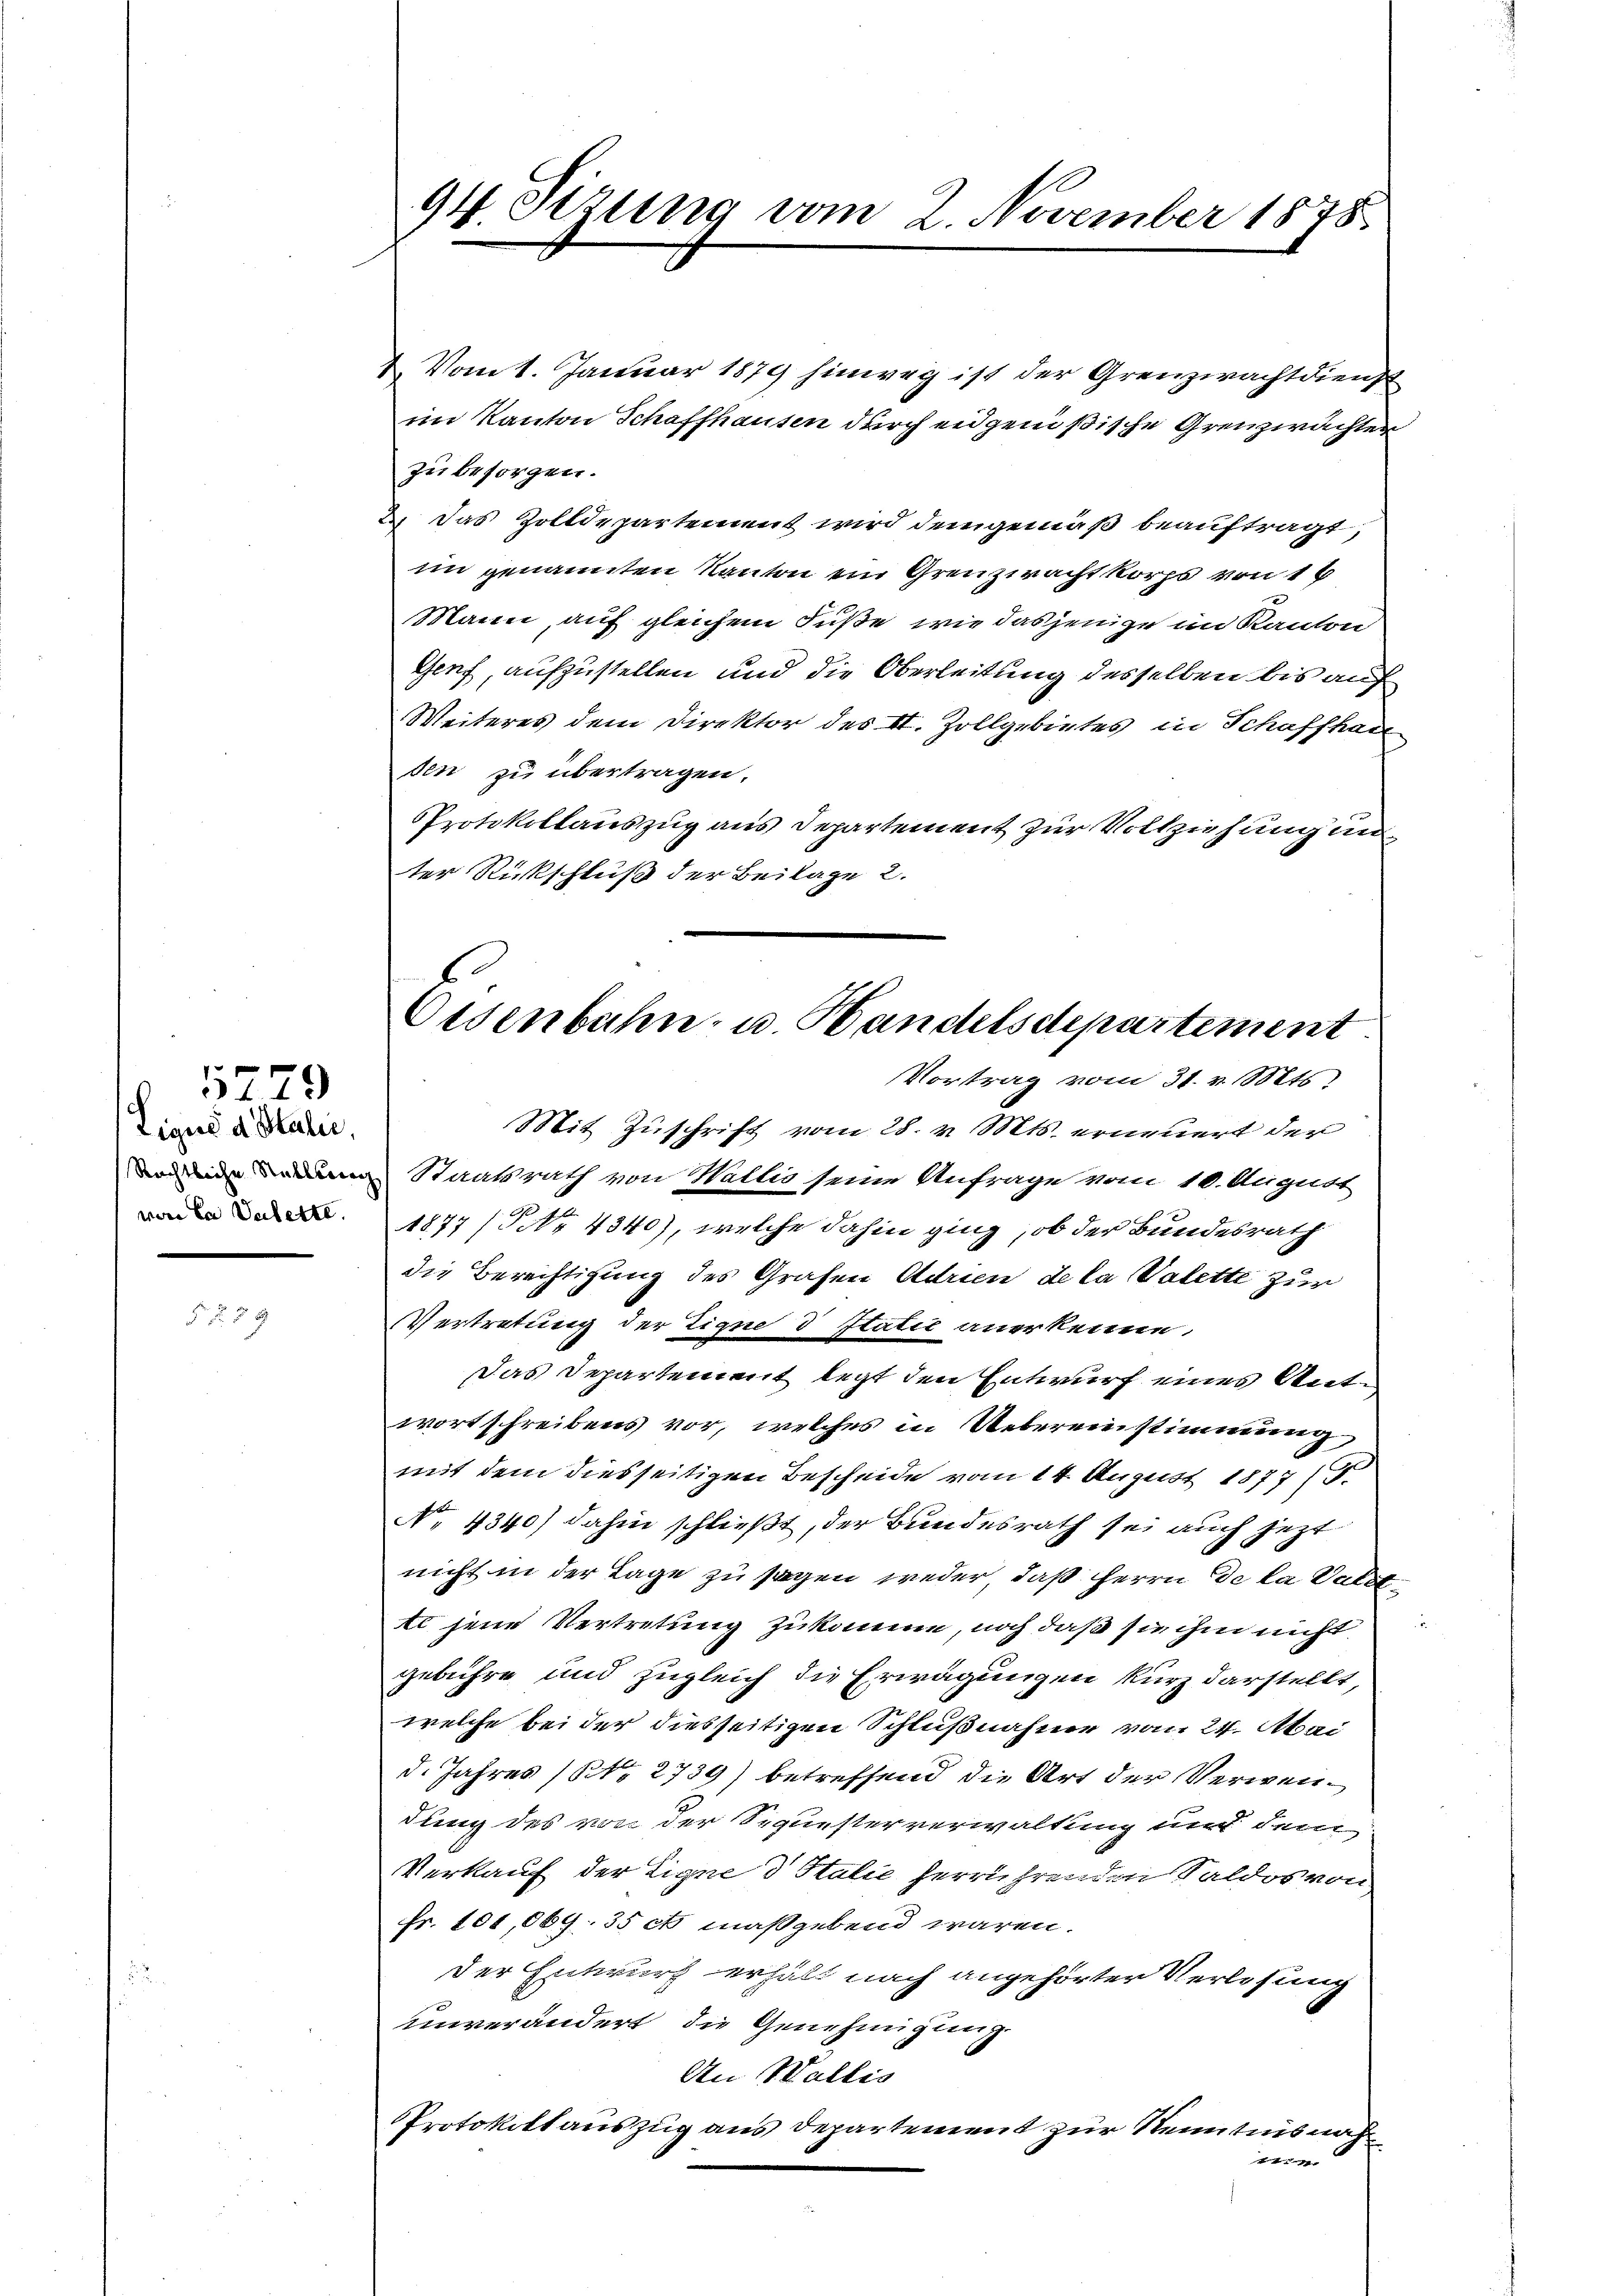
279
Liquid Italie
von de Valette.

25 x

94. Sizung vom 2. November 1878

2. Vom 1. Januar 1879 hinweg ist der Grenzwachtdienst
im Kanton Schaffhausen durch eidgenößische Grenzwachter
zu besorgen.
2.) Das Zolldepartement wird demgemäß beauftragt,
im genannten Kanton ein Grenzwacht korps von 16
Mann, auf gleichem Fuße wie dasjenige im Kanton
Genf, aufzustellen und die Oberleitung desselben bis auf
Weiteres dem Direktor des II. Zollgebietes in Schaffhau
den zu übertragen.
Protokollauszug aus Departement zur Vollziehung un
ter Rückschluß der Beilage 2.
Mit Zuschrift vom 28. v. Mts. erneuert der
und Staatsrath von Wallis seine Anfrage vom 10. August
1877 (Nr. 4340), welche dahin ging, ob der Bundesrath
die Berechtigung des Grafen Adrien de la Valette zur
Vertretung der Eigne 3 Statie anerkenne.
Das Departement legt den Entwurf eines Antwortschreibens vor, welches in Uebereinstimmung
mit dem diesseitigen Bescheide vom 14. August 1877 (T.
No 4340) dahin schließt, der Bundesrath sei auch jetzt
nicht in der Lage zu sagen weder, daß Herrn De la Vate
tl jene Vertretung zukomme, noch daß sie ihm nicht
gebühre und zugleich die Erwägungen kurz darstellt,
welche bei der diesseitigen Schlußnahme vom 24. Abai
d. Jahres (NNo. 2739) betreffend die Art der Verwendung des von der Sequesterverwaltung mit dem
Verkauf der Eigne d Italie herrührenden Saldos von
Fr. 101,069. 35 ct maßgebend wären.
der Entwurf erhält nach angehörter Verlesung
unverändert, die Genehmigung
An Wallis
PProtokitt auszug aus Departement zur Kenntnis nach
4

Eisenbahn- u. Handelsdepartement
Vortrag vom 31. v. Mts.